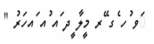
ަވ ުހ ެގ ޭރ މީލާ ީދ ައ ުއ ައހަރު "